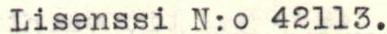
Lisenssi N:o 42113.